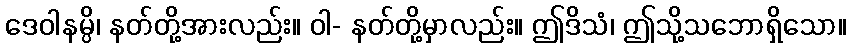
ဒေဝါနမ္ပိ၊ နတ်တို့အားလည်း။ ဝါ- နတ်တို့မှာလည်း။ ဤဒိသံ၊ ဤသို့သဘောရှိသော။